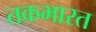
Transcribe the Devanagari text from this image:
तकभारत